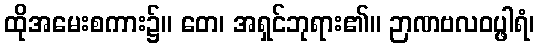
ထိုအမေးစကား၌။ တေ၊ အရှင်ဘုရား၏။ ဉာဏဗလဝပ္ဖါရံ၊